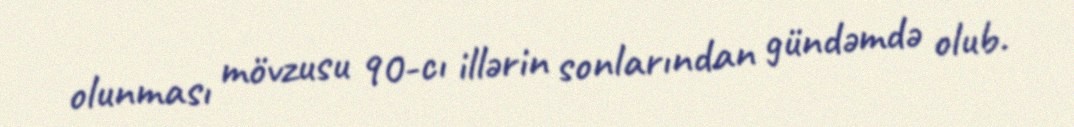
olunması mövzusu 90-cı illərin sonlarından gündəmdə olub.